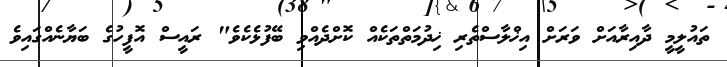
ތައުލީމީ ދާއިރާއަށް ވަރަށް އިޚްލާސްތެރި ޚިދުމަތްތަކެއް ކޮށްދެއްވި ބޭފުޅެކެވެ" ރައީސް އޮފީހުގެ ބަޔާނެއްގައިވެ